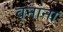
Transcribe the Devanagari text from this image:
वनांना